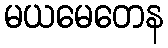
မယမေတေန